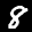
Label: 8